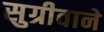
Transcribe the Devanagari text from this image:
सुग्रीवाने